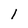
Character: l